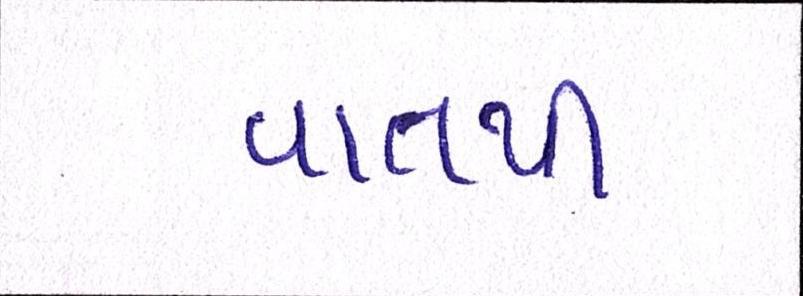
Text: વાતથી